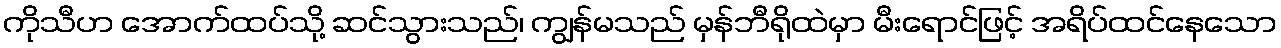
ကိုသီဟ အောက်ထပ်သို့ ဆင်သွားသည်၊ ကျွန်မသည် မှန်ဘီရိုထဲမှာ မီးရောင်ဖြင့် အရိပ်ထင်နေသော